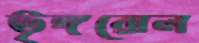
ভৃঙ্গরোল